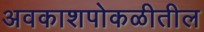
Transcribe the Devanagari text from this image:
अवकाशपोकळीतील